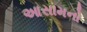
આસામનો